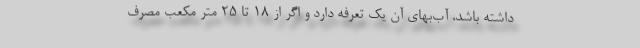
داشته باشد، آب‌بهای آن یک تعرفه دارد و اگر از ۱۸ تا ۲۵ متر مکعب مصرف